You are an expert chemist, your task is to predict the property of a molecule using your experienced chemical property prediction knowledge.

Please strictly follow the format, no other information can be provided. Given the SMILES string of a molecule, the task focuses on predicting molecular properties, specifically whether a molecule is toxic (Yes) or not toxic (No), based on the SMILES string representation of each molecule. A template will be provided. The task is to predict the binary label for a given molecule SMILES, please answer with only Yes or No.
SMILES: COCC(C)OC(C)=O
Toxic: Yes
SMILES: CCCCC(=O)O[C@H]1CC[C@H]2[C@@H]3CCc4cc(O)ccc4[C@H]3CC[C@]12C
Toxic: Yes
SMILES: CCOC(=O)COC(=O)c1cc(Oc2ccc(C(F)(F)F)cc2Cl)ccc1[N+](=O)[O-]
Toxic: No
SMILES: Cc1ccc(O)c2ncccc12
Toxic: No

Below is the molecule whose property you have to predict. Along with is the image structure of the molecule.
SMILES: COc1cc(C[C@@H]2NCCc3cc(O)c(O)cc32)cc(OC)c1OC
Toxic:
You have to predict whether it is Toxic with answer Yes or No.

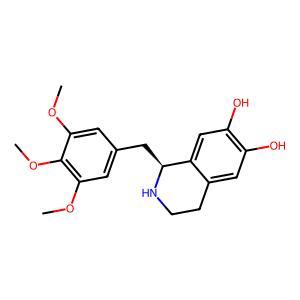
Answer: No